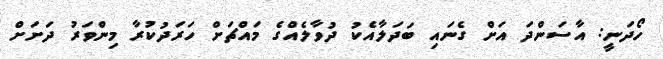
ހޯދަނީ: އާސަންދަ އަށް ގެނައި ބަދަލާއެކު ދުވާލެއްގެ މައްޗަށް ހަރަދުކުރާ މިންވަރު ދަށަށް